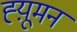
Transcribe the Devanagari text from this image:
ह्य़ूमन